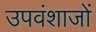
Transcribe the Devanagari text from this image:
उपवंशाजों